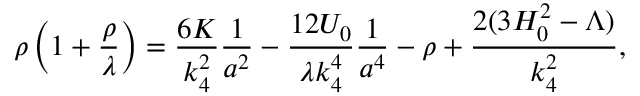
\rho \left( 1 + \frac { \rho } { \lambda } \right) = \frac { 6 K } { k _ { 4 } ^ { 2 } } \frac 1 { a ^ { 2 } } - \frac { 1 2 { \cal U } _ { 0 } } { \lambda k _ { 4 } ^ { 4 } } \frac 1 { a ^ { 4 } } - \rho + \frac { 2 ( 3 H _ { 0 } ^ { 2 } - \Lambda ) } { k _ { 4 } ^ { 2 } } ,